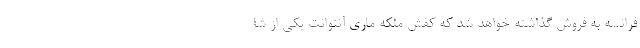
فرانسه به فروش گذاشته خواهد شد که کفش ملکه ماری آنتوانت یکی از شا